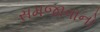
સમજાવાનો